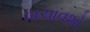
બચાવશો